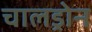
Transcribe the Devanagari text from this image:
चालड्रोन